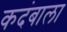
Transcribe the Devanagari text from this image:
कदंबाला